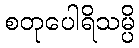
စတုပေါရိသမ္ပိ